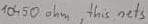
Text: 10450Ω this nets